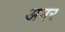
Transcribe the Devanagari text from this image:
अनर